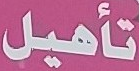
تأهيل